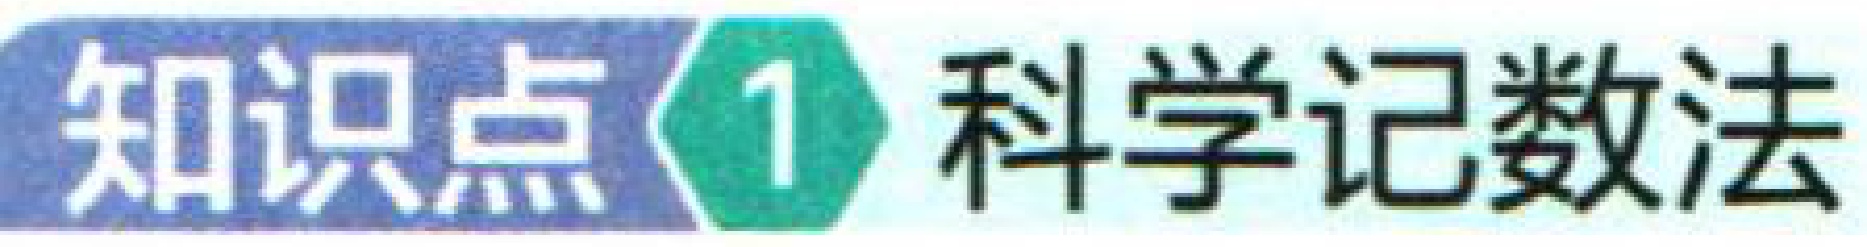
知识点\(1\) 科学记数法